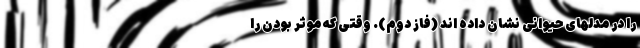
را در مدلهای حیوانی نشان داده اند (فاز دوم). وقتی که موثر بودن را